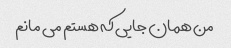
من همان جایی که هستم می مانم